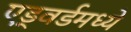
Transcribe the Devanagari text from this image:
एड्वर्डमध्ये